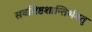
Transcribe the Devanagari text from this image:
सर्वारिष्टशान्तिर्भवतु